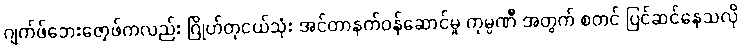
ဂျက်ဖ်ဘေးဇော့ဖ်ကလည်း ဂြိုဟ်တုငယ်သုံး အင်တာနက်ဝန်ဆောင်မှု ကုမ္ပဏီ အတွက် စတင် ပြင်ဆင်နေသလို